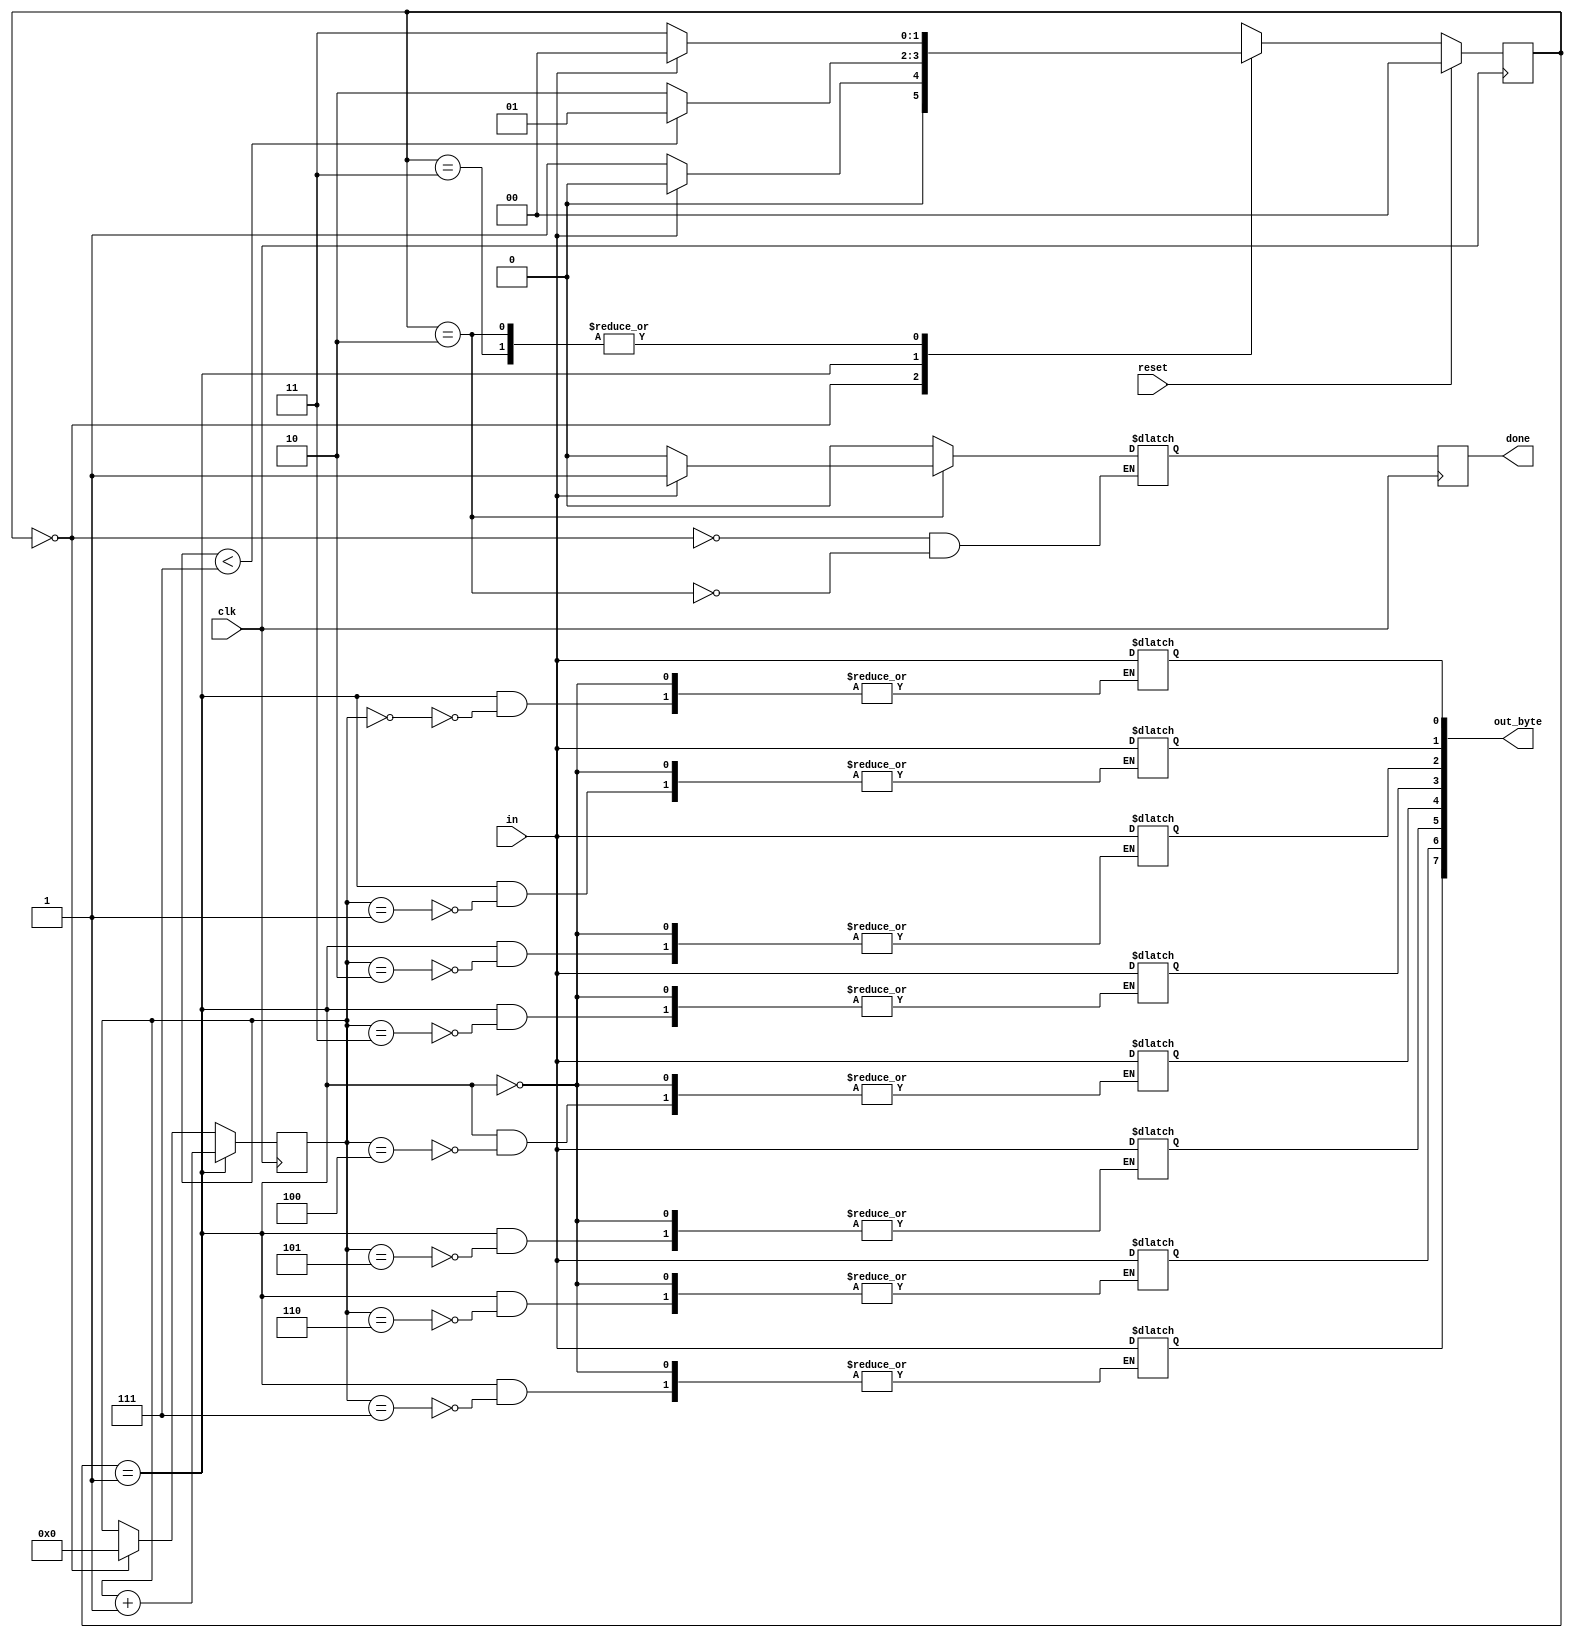
module top_module(
    input clk,
    input in,
    input reset,    // Synchronous reset
    output [7:0] out_byte,
    output done
); //

    // Use FSM from Fsm_serial
	parameter START = 0, DATA = 1, STOP = 2, DELAY = 3;
    reg [1:0] state, next_state;
    reg [3:0] count;
    reg out;
    
    always @(posedge clk)
   	done = out;
    
    always @(posedge clk)
    	if(state == DATA)
    		count <= count + 4'd1;
    	else if(state == START)
    		count <= 4'd0;
    
    always @(*)
        case(state)
            START: begin
            			next_state <= (in)? START:DATA;
            			out <= 0;
            		end
            DATA: begin
                	next_state <= (count < 4'd7)? DATA:STOP;
                	out_byte[count] <= in;
            		end
            STOP: begin
           				out <= (in)? 1:0;
            			next_state <= (in)? START:DELAY;
            		end
            DELAY:next_state <= (in)? START:DELAY;
            default: next_state <= state;
        endcase
    
    always @(posedge clk)
        if(reset)
            state <= START;
    	else
            state <= next_state;
    // New: Datapath to latch input bits.

endmodule